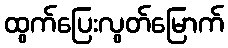
ထွက်ပြေးလွတ်မြောက်